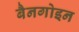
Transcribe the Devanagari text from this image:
बैनगोइन